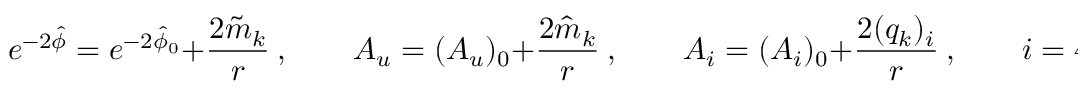
e ^ { - 2 \hat { \phi } } = e ^ { - 2 \hat { \phi } _ { 0 } } + { \frac { 2 \tilde { m } _ { k } } { r } } \ , \qquad A _ { u } = ( A _ { u } ) _ { 0 } + { \frac { 2 \hat { m } _ { k } } { r } } \ , \qquad A _ { i } = ( A _ { i } ) _ { 0 } + { \frac { 2 ( q _ { k } ) _ { i } } { r } } \ , \qquad i = 4 , \dots 9 .